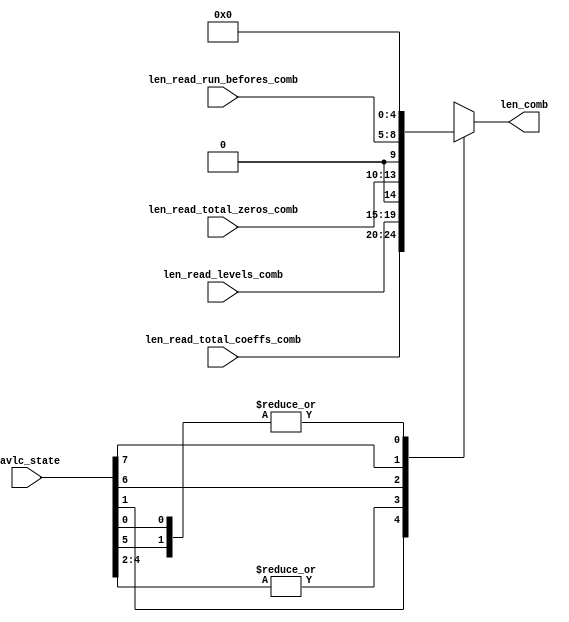
`define cavlc_idle_bit     				0
`define cavlc_read_total_coeffs_bit	1
`define cavlc_read_t1s_flags_bit	2
`define cavlc_read_level_prefix_bit     3
`define cavlc_read_level_suffix_bit     4
`define cavlc_calc_level_bit		5
`define cavlc_read_total_zeros_bit  	6
`define cavlc_read_run_befores_bit  	7
`define cavlc_idle_s     		8'b00000001
`define cavlc_read_total_coeffs_s     	8'b00000010
`define cavlc_read_t1s_flags_s		8'b00000100
`define cavlc_read_level_prefix_s     	8'b00001000
`define cavlc_read_level_suffix_s     	8'b00010000
`define cavlc_calc_level_s		8'b00100000
`define cavlc_read_total_zeros_s    	8'b01000000
`define cavlc_read_run_befores_s    	8'b10000000

module cavlc_len_gen
(
    cavlc_state,
    len_read_total_coeffs_comb,
    len_read_levels_comb,
    len_read_total_zeros_comb,
    len_read_run_befores_comb,
    len_comb
);
//------------------------
// ports
//------------------------
input  [7:0] cavlc_state;
input  [4:0] len_read_total_coeffs_comb;
input  [4:0] len_read_levels_comb;
input  [3:0] len_read_total_zeros_comb;
input  [3:0] len_read_run_befores_comb;

output [4:0] len_comb;

//------------------------
// regs
//------------------------
reg [4:0] len_comb;         //number of bits comsumed by cavlc in a cycle

//------------------------
// len_comb
//------------------------
always @ (*)
case (1'b1) //synthesis parallel_case
    cavlc_state[`cavlc_read_total_coeffs_bit]  : len_comb <= len_read_total_coeffs_comb;
    cavlc_state[`cavlc_read_t1s_flags_bit],  
    cavlc_state[`cavlc_read_level_prefix_bit],
    cavlc_state[`cavlc_read_level_suffix_bit]  : len_comb <= len_read_levels_comb;       
    cavlc_state[`cavlc_read_total_zeros_bit]   : len_comb <= len_read_total_zeros_comb;
    cavlc_state[`cavlc_read_run_befores_bit]   : len_comb <= len_read_run_befores_comb;
    cavlc_state[`cavlc_calc_level_bit],
    cavlc_state[`cavlc_idle_bit]               : len_comb <= 0;
    default                                    : len_comb <= 'bx;
endcase

endmodule